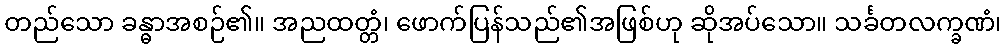
တည်သော ခန္ဓာအစဉ်၏။ အညထတ္တံ၊ ဖောက်ပြန်သည်၏အဖြစ်ဟု ဆိုအပ်သော။ သင်္ခတလက္ခဏံ၊